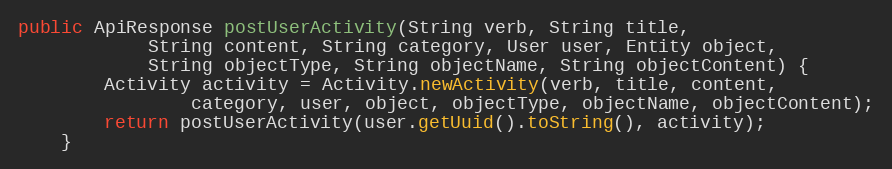
Language: Java
public ApiResponse postUserActivity(String verb, String title,
            String content, String category, User user, Entity object,
            String objectType, String objectName, String objectContent) {
        Activity activity = Activity.newActivity(verb, title, content,
                category, user, object, objectType, objectName, objectContent);
        return postUserActivity(user.getUuid().toString(), activity);
    }